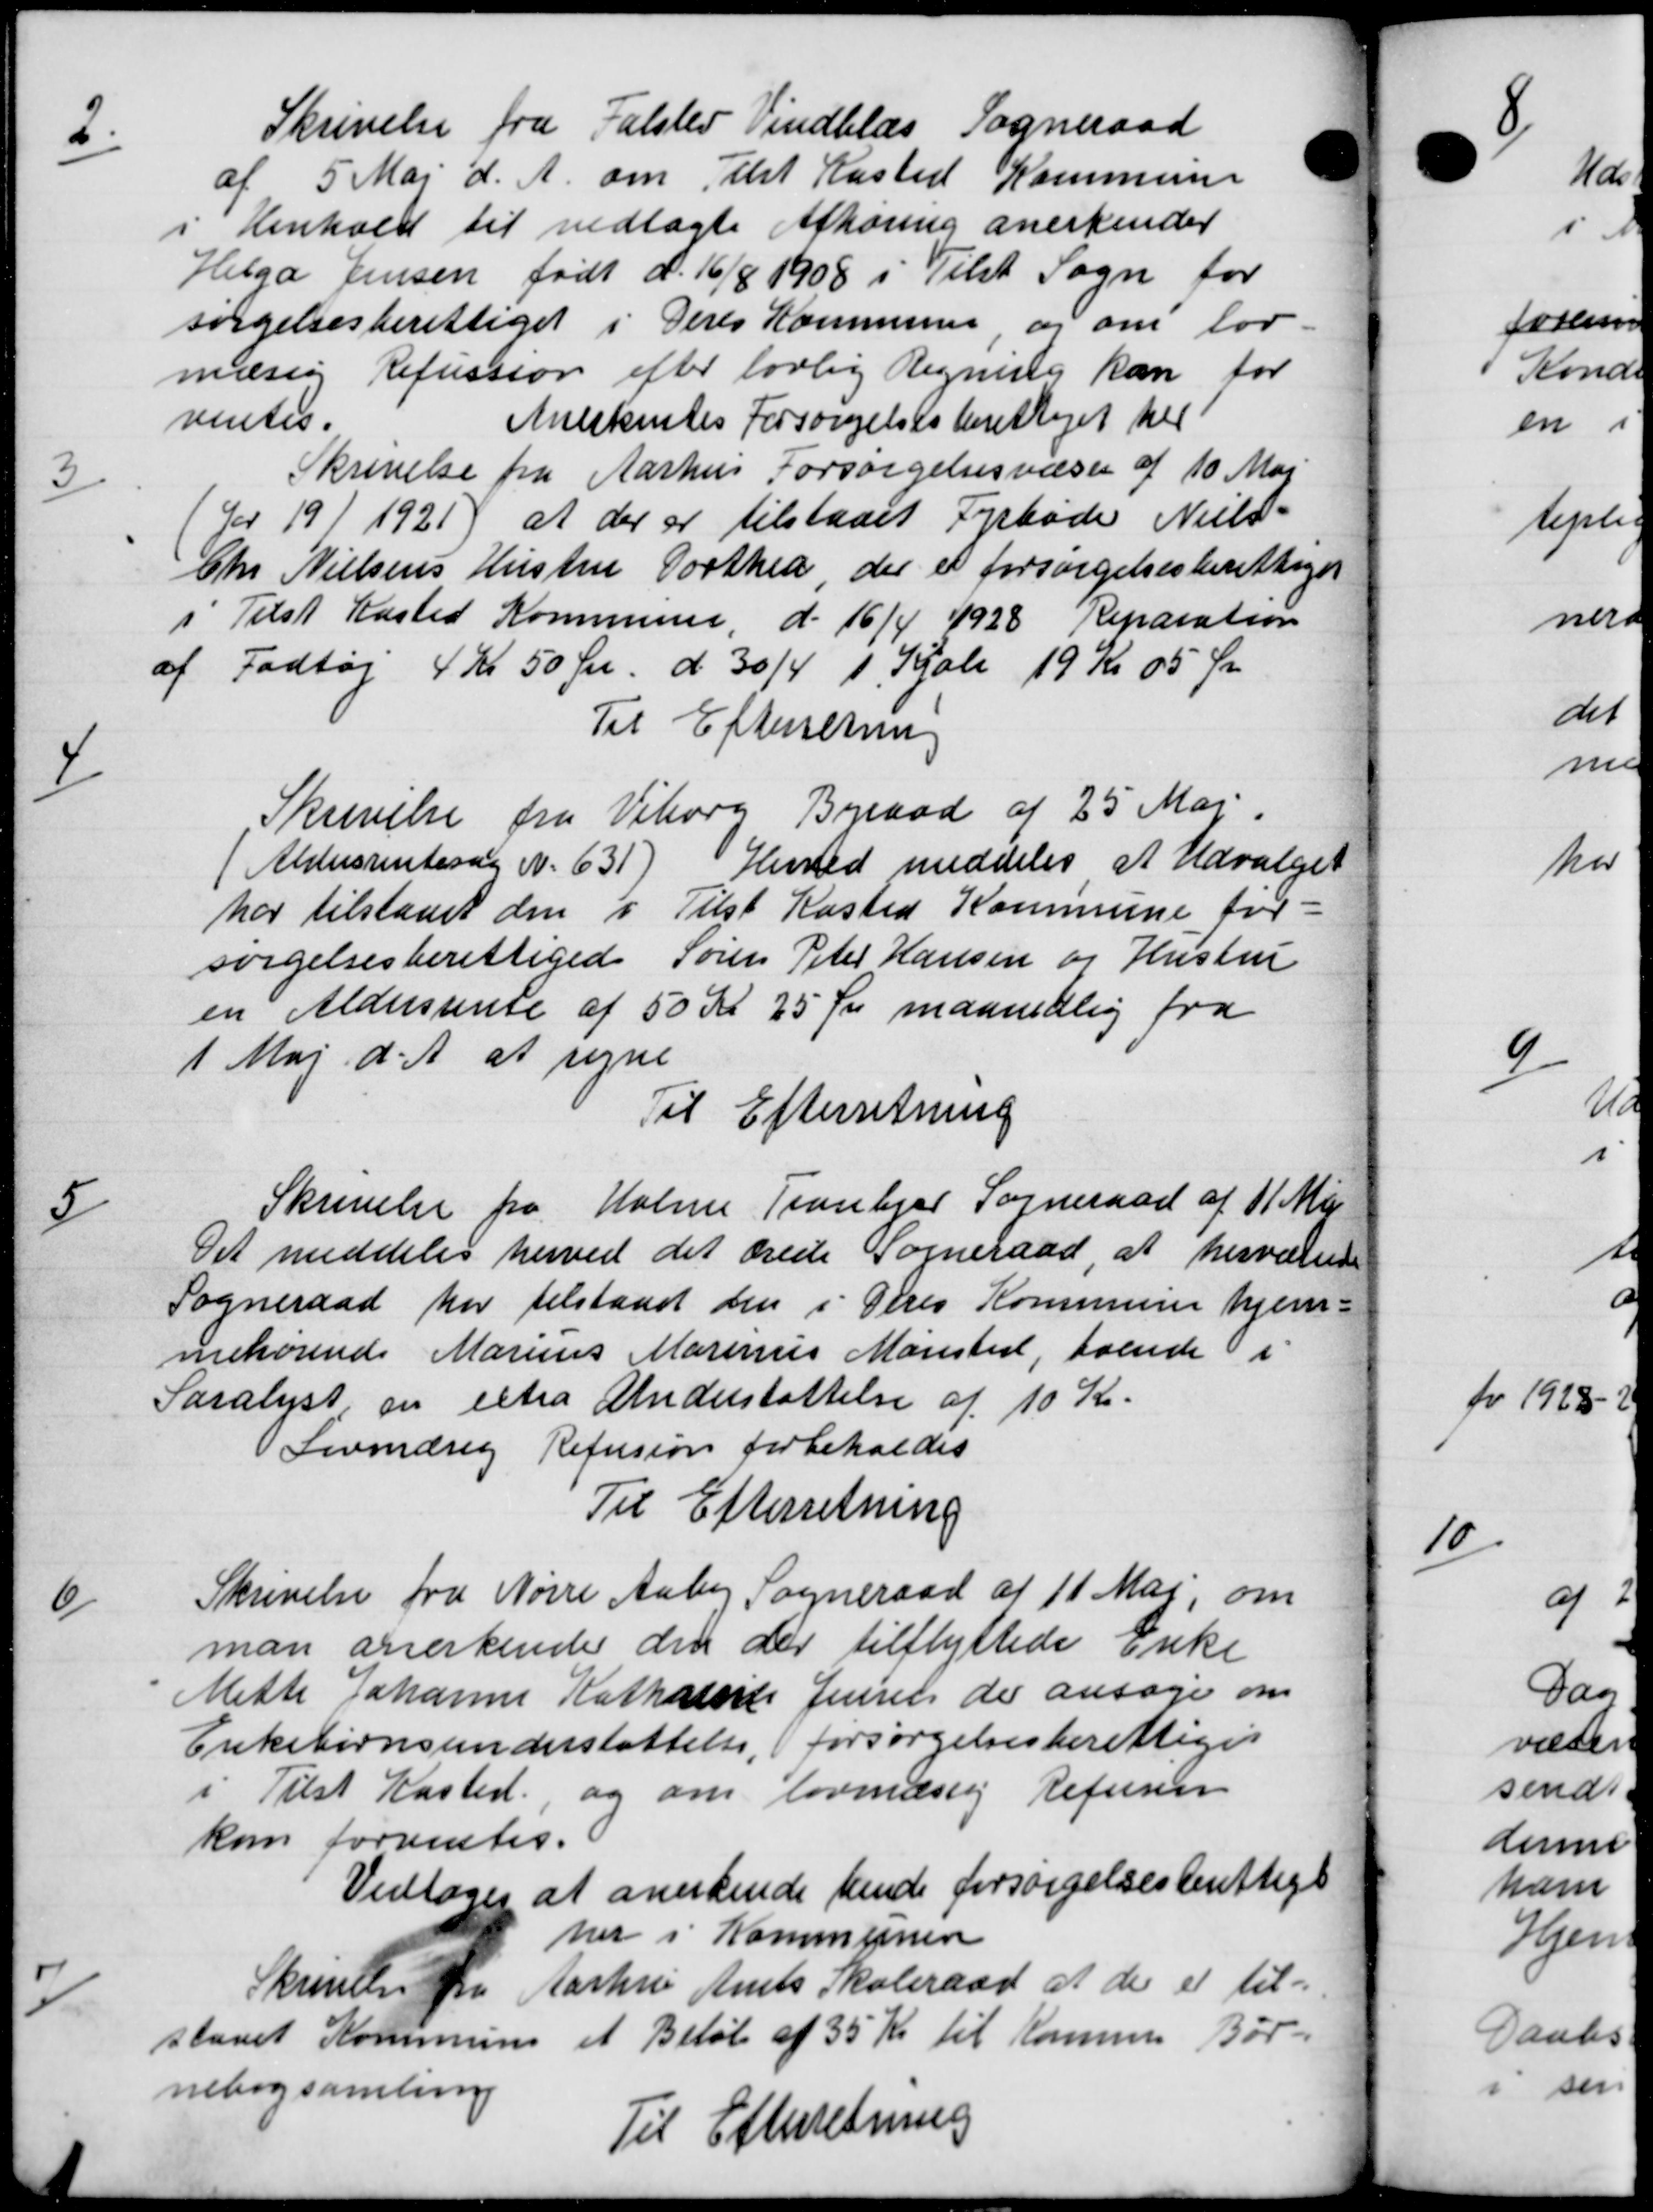
Transskription:
2.
Skrivelse fra Falsted Vindblæs Sogneraad
af 5 Maj d. A. om Elst Kasted Kommune
i Henhold til vedlagte Afhøring anerkender
Helga Jensen født d. 16/8 1908 i Tilst Sogn for
sørgelsesberettiget i Deres Kommune og om lov
mæssig Refussion efter lovlig Regning kan for
ventes.
Anerkendes Forsørgelsesberettiget til
3.
Skrivelse fra Aarhus Forsørgelsesvæsen af 10 Maj
for 191 1921) at der er tilstaaet Fyrbøde Niels
Chr Nielsens Hustru Dorthea der er forsørgelsesberettiget
i Tilst Kasted Kommune, d. 16/4 1928 Reparation
af Fodtøj 4 Kr 50 Øre d 30/4 1 Krole 19 Kr 05 Øre
Til Efterretning
4
Skrivelse fra Viborg Byraad af 25 Maj.
(Aldersrentesag Nr. 631) Herred meddeles at Udvalget
har tilstaaet den i Tilst Kasted Kommune for=
sørgelsesberettiget Søren Peter Hansen og Hustru
en Aldersrente af 50 Kr 25 Øre maanedlig fra
1 Maj d. A. at regne
Til Efterretning
5
Skrivelse fra Holme Tranebjer Sogneraad af 11 Maj
Det meddeles herved det ærede Sogneraad, at herværend
Sogneraad har tilstaaet den i Peres Kommune hjem-
mehørende Marius Marinus Mønsted, boende i
Saralyst om extra Understøttelse af 10 Kr.
Lovmæsig Refusion forbeholdes
Til Efterretning
6
Skrivelse fra Nørre Aaby Sogneraad af 11 Maj, om
man anerkende den der tilflyttede Enke
Mette Johanne Katharine Jensen der ansøge om
Enkebørnsunderstøttelse, forsørgelsesberettiget
i Tilst Kasted, og om lovmæssig Refusion
kom forantes.
Vedtoges at anerkende hende forsørgelsesberettige
her i Kommunen
7
Skrivelse fra Aarhus Amts Skoleraad at de er til=
staaet Kommune et Beløb af 35 Kr til Kommune Bør-
nebogsamling
Til Efterretning